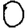
Digit: 0